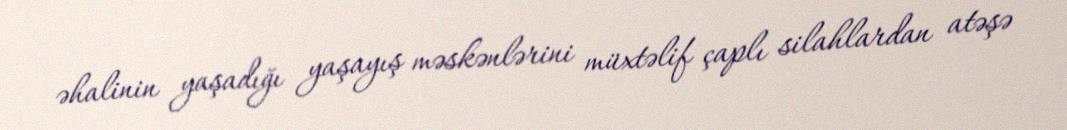
əhalinin yaşadığı yaşayış məskənlərini müxtəlif çaplı silahlardan atəşə